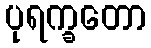
ပုရက္ခတော